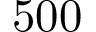
5 0 0